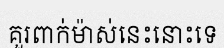
គួរពាក់ម៉ាស់នេះនោះទេ